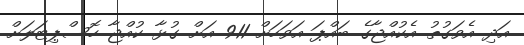
އަދި އެވަގުތު އެކުއްޖާގެ ބައްޕަ އަވަހަށް 911 އަށް ގުޅާ ކުއްޖާ ހޮސްޕިޓަލަށް